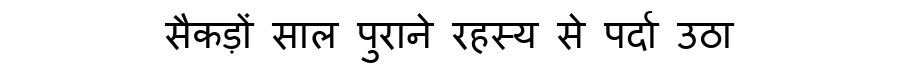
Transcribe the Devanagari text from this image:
सैकड़ों साल पुराने रहस्य से पर्दा उठा